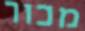
מכור